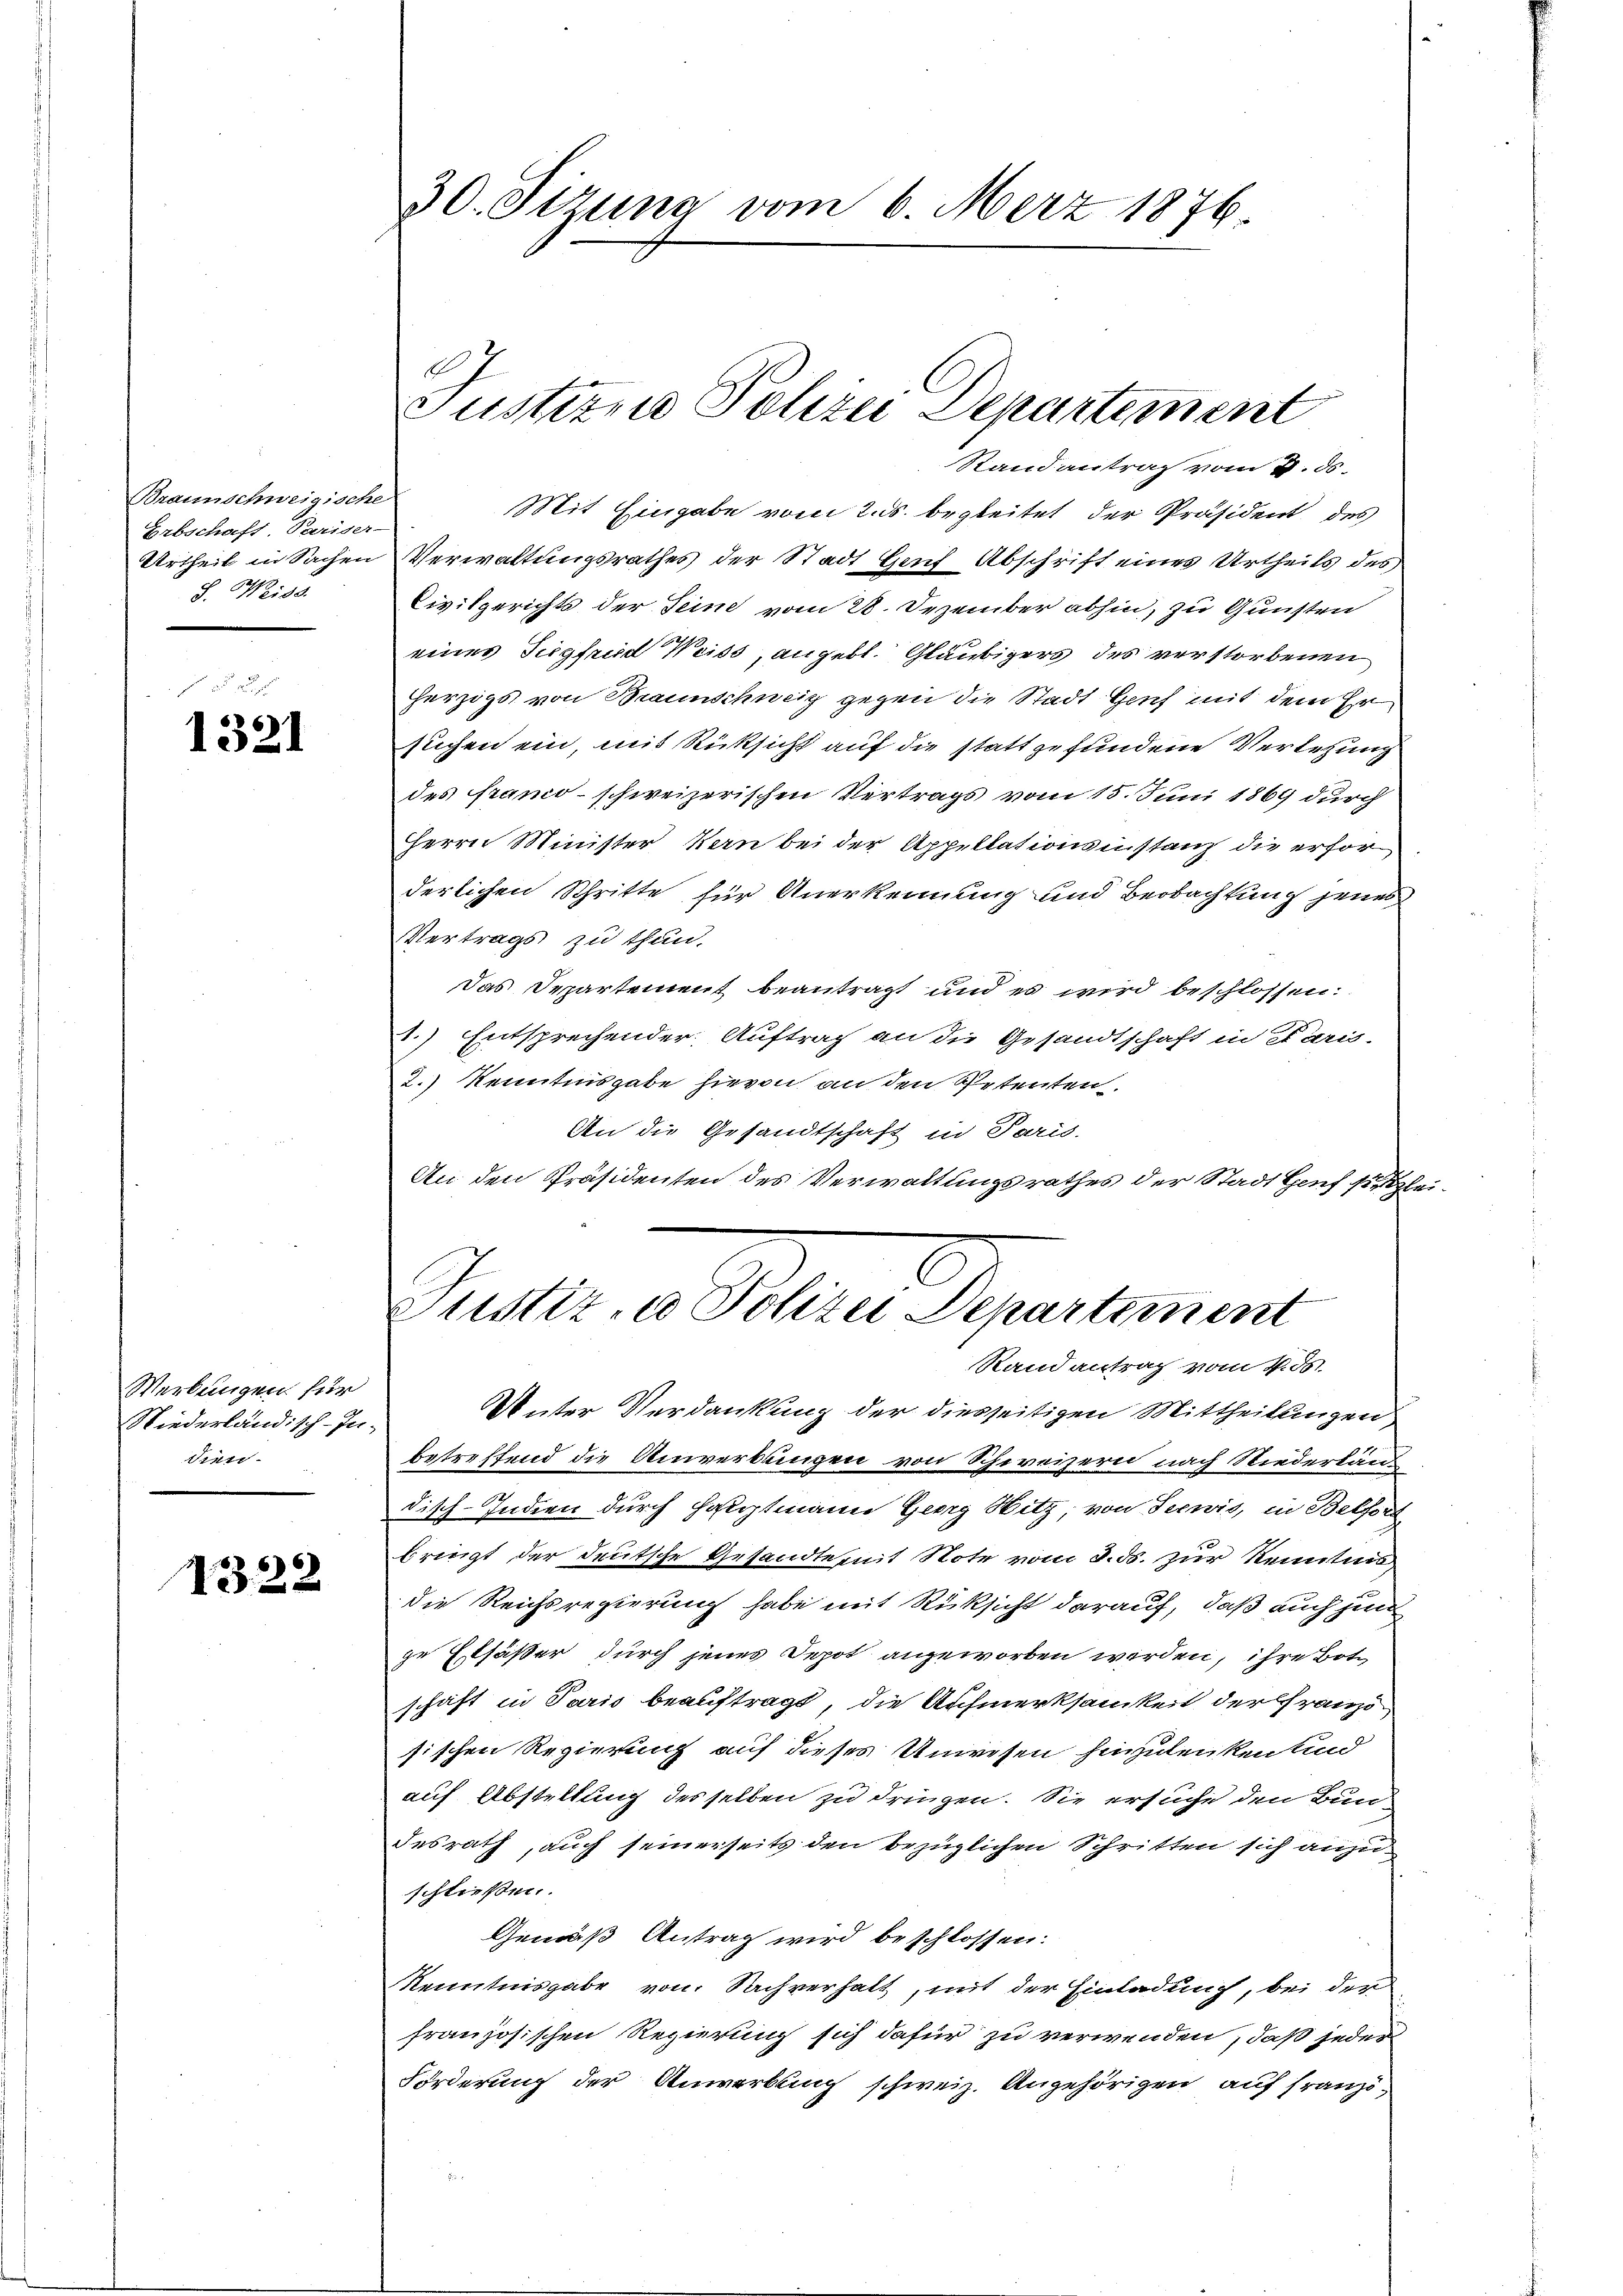
Braunschweigische
Erbschaft, Pariser-
Urtheil in Sachen
J. Weiss.

1321

Werkungen für
Niederländisch-In-
dien

1322

30. Sizung vom 6. März 1876

A
Justizen Polizei Departement
Stand antrag vom 7. ds.

Justiz- u Polizei Departement
Randantrag vom 4. d.

Mit Hingabe vom 2. ds. begleitet der Präsident des
Verwaltungsrathes der Stadt auf Abschrift eines Urtheils des
Civilgerichts der Seine vom 28. Dezember abhin, zu Gunsten
eines Siegfrid Weiss, angebl. Gläubigers des verstorbenen
herzigs von Braunschweiz gegen die Stadt Zeich mit dem Er
suchen ein, mit Rücksicht auf die stattgefundene Verlesung
des framo-schweizerischen Vertrags vom 15. Juni 1869 durch
Herrn Minister, Kern bei der Appellationsinstanz die erforderlichen Schritte für Anerkennung und Beobachtung jenes
Vertrags zu thun.
Das Departement beantragt und es wird beschlossen:
1.) Entsprechender Auftrag an die Gesandtschaft in Paris-
2.) Kenntnisgabe hievon an den Petenten.
An die Gesandtschaft in Paris.
An den Präsidenten des Verwaltungsrathes der Stadt Genf sitzlei-
Unter Verdankung der diesseitigen Mittheilungen
betreffend die Anwerbungen von Schweizern nach Niederlan
disch. Indien durch Hauptmann Georg Witz, von Seewis, in Belford
1x
bringt der deutsche Gesandte mit Note vom 8. ds. zur Kenntnis,
die Reichsregierung habe mit Rüksicht darauf, daß auch jun
ge Ersäßer durch jenes Depot angeworben werden, ihre Botschaft in Paris beauftragt, die Aufmerksamkeit der Französischen Regierung auf dieses Unwesen hinzulenken und
auf Abstellung des selben zu dringen. Sie ersuche den Bundesrath, auch seinerseits den bezüglichen Schritten sich anzu
schließen.
Gemäß Antrag wird beschlossen:
Kenntnisgabe von Sachverhalt, mit der Einladung, bei der
französischen Regierung sich dafür zu verwenden, daß jeder
Förderung der Anwerbung schweiz. Angehörigen auf Franzi¬